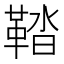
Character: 鞜